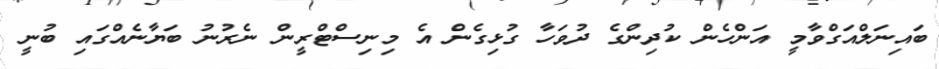
ބައިނަލްއަގްވާމީ އަންހެން ކުދިންގެ ދުވަހާ ގުޅިގެން އެ މިނިސްޓްރީން ނެރުނު ބަޔާނެއްގައި ބުނީ